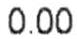
0.00